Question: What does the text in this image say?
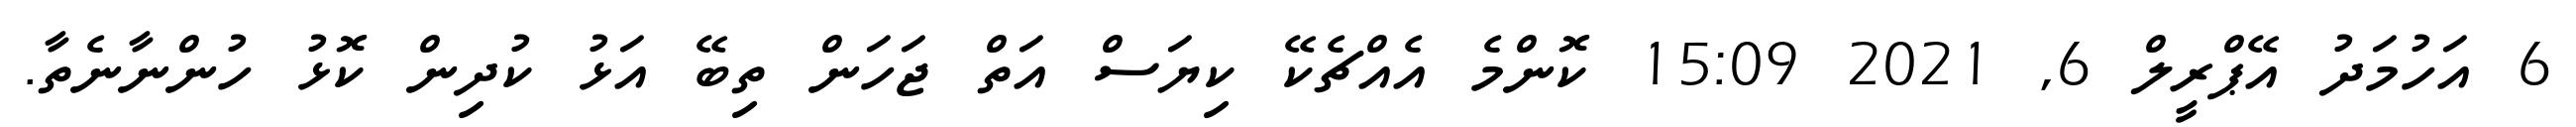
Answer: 6 އަހުމަދު އޭޕްރީލް 6, 2021 15:09 ކޮންމެ އެއްޗެކޭ ކިޔަސް އަތް ޖަހަން ތިބޭ އަޅު ކުދިން ކޮޅު ހުންނާނެތާ.